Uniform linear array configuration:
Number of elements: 24
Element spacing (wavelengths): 0.25
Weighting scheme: hann
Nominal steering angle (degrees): -45
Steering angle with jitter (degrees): -45.708
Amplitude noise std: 0.05
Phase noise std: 0.05

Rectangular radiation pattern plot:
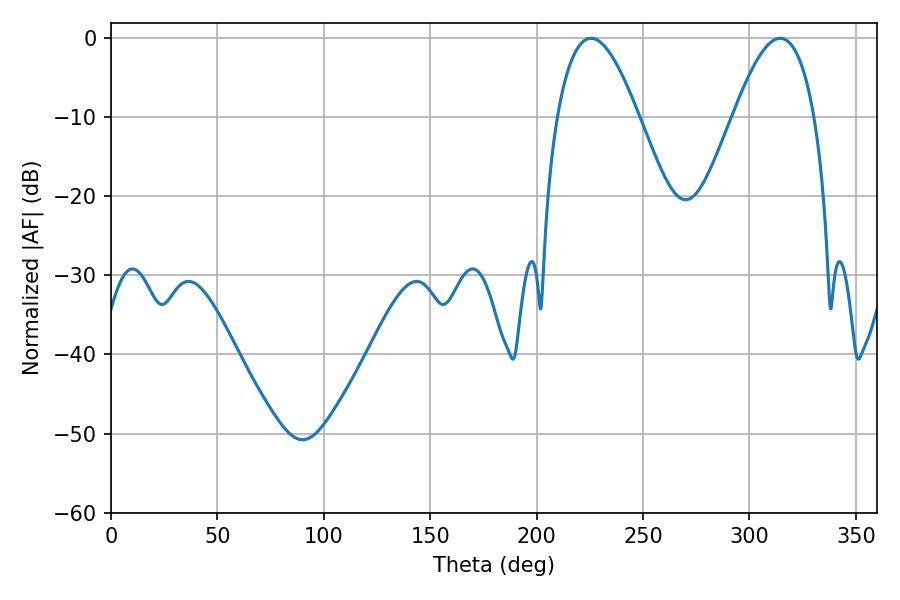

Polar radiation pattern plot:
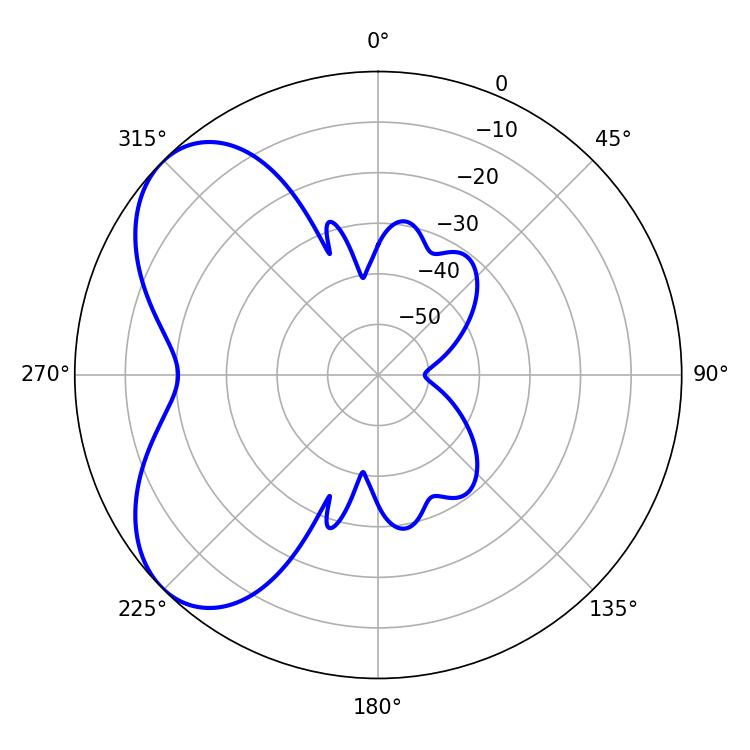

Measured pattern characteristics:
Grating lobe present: FALSE
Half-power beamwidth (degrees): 20.7
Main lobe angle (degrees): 225.54